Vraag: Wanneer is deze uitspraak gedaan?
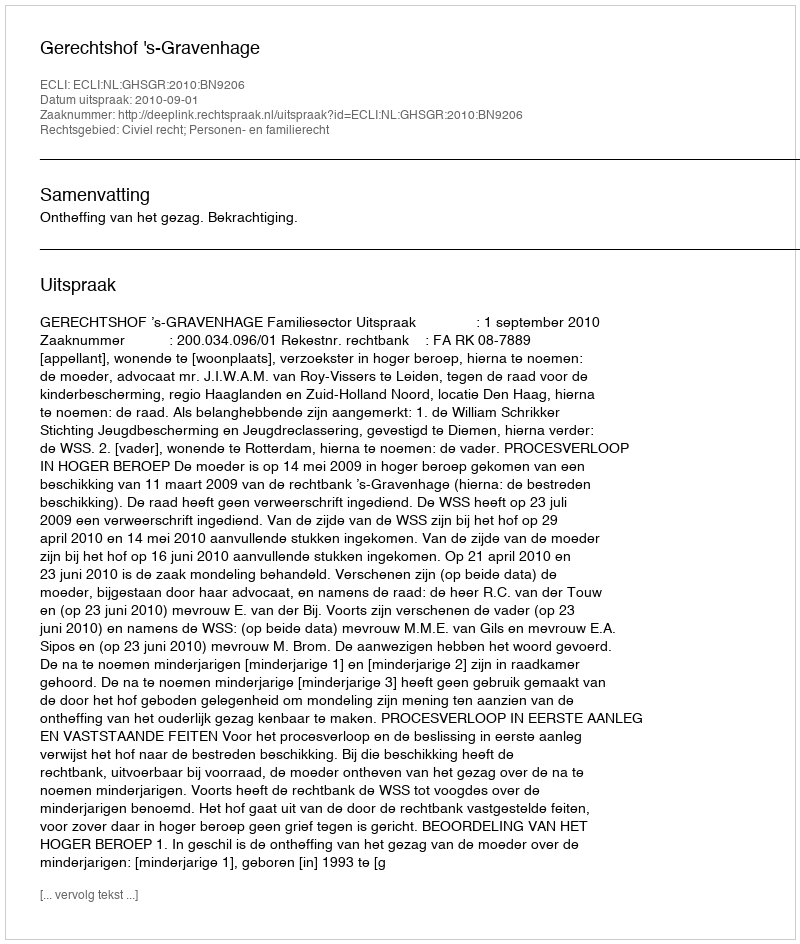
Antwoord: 2010-09-01